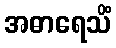
အဓာရေသိံ